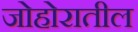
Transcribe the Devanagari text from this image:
जोहोरातील